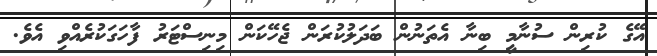
އޭގެ ކުރިން ސުނާމީ ބިނާ އެތަނުން ބަދަލުކުރަން ޖެހޭކަން މިނިސްޓަރު ފާހަގަކުރެއްވި އެވެ.